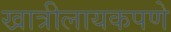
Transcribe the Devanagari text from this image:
खात्रीलायकपणे